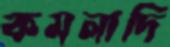
কমলাদি